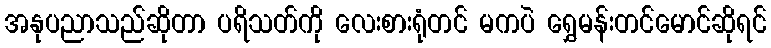
အနုပညာသည်ဆိုတာ ပရိသတ်ကို လေးစားရုံတင် မကပဲ ရွှေမန်းတင်မောင်ဆိုရင်